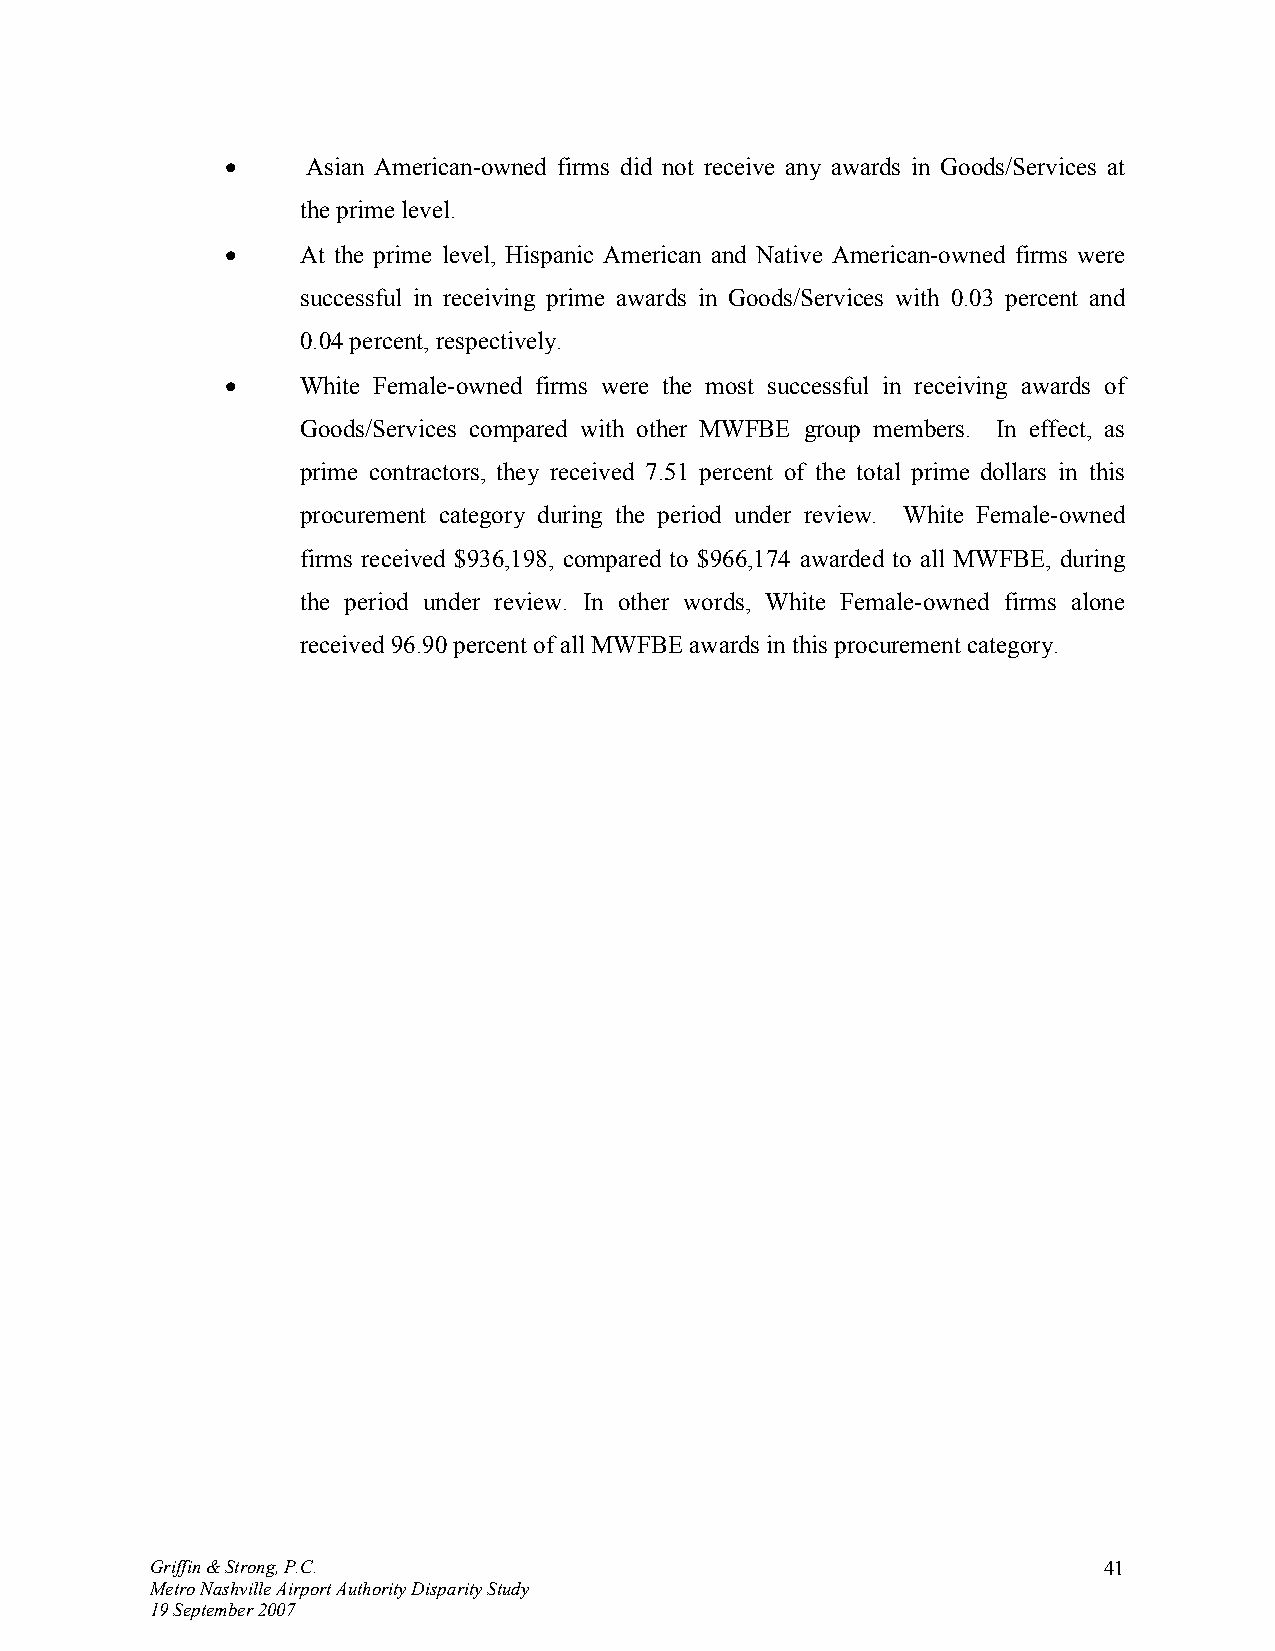
•    Asian American-owned firms did not receive any awards in Goods/Services at
 the prime level.
 •    At the prime level, Hispanic American and Native American-owned firms were
 successful in receiving prime awards in Goods/Services with 0.03 percent and
 0.04 percent, respectively.
 •    White Female-owned firms were the most successful in receiving awards of
 Goods/Services compared with other MWFBE group members. In effect, as
 prime contractors, they received 7.51 percent of the total prime dollars in this
 procurement category during the period under review. White Female-owned
 firms received $936,198, compared to $966,174 awarded to all MWFBE, during
 the period under review. In other words, White Female-owned firms alone
 received 96.90 percent of all MWFBE awards in this procurement category.
 Griffin & Strong, P.C.                                         41
 Metro Nashville Airport Authority Disparity Study
 19 September 2007